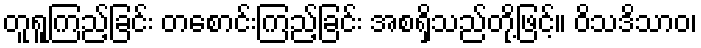
တူရူကြည့်ခြင်း တစောင်းကြည့်ခြင်း အစရှိသည်တို့ဖြင့်။ ဝိသဒိသာဝ၊